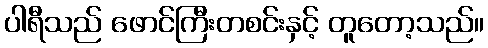
ပါရီသည် ဖောင်ကြီးတစင်းနှင့် တူတော့သည်။